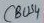
Text: CBUS4